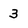
Character: 3